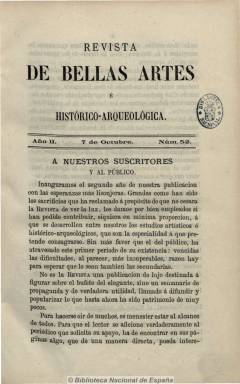
Título: Revista de bellas artes e histórico-arqueológica
Otros títulos: Revista de bellas artes e histórico arqueológica || Revista de bellas artes e histórico arqueológica
Colección: Historia || Arte
Ámbito geográfico: Madrid
Lugar de publicación: Madrid
Fechas: 07/10/1867-30/06/1868

Es continuación de Revista de bellas artes (Madrid: 1866-1867), que dirige Francisco María Tubino (1833-1888), especializándose ahora en estudios artísticos e histórico-arqueológicos y abandonar lo contenidos referidos a teatro. Sigue su serie en números semanales, que aumenta hasta las 16 páginas, con el objeto de difundir y divulgar el patrimonio histórico-artístico, con artículos sobre estas materias y sobre arquitectura y arte en general. Además de de seguir publicando también su sección de Crónica general, con noticias varias, amplia su contenido con otras de carácter crítico bibliográfico y necrológicas. Incluirá discursos y trabajos de la Real Academia de la Historia, memorias, informes, acuerdos y noticias de la de Bellas Artes de San Fernando, así como otras informaciones de la Real Academia de Arqueología y Geografía y de otras academias y sociedades de provincias, como la de Bellas Letras de Barcelona. También informa sobre exposiciones y congresos. Y al tener que asistir su director al internacional de arqueología, que se celebra en Nerwich (Inglaterra), tras estar editando este título casi un año, suspende su publicación el 30 de junio de 1868.